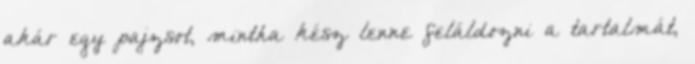
akár egy pajzsot, mintha kész lenne feláldozni a tartalmát,